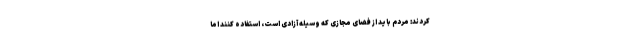
کردند: مردم باید از فضای مجازی که وسیله آزادی است، استفاده کنند اما